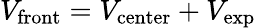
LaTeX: V_{\mathrm{front}}=V_{\mathrm{center}}+V_{\mathrm{exp}}